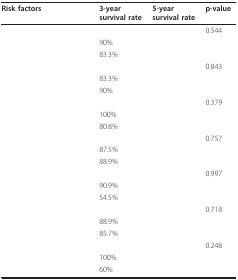
<table><thead><tr><td><b>Risk factors</b></td><td><b>3-year survival rate</b></td><td><b>5-year survival rate</b></td><td><b>p-value</b></td></tr></thead><tbody><tr><td>[EMPTY_CELL]</td><td>[EMPTY_CELL]</td><td>[EMPTY_CELL]</td><td>0.544</td></tr><tr><td>[EMPTY_CELL]</td><td>90%</td><td>[EMPTY_CELL]</td><td>[EMPTY_CELL]</td></tr><tr><td>[EMPTY_CELL]</td><td>83.3%</td><td>[EMPTY_CELL]</td><td>[EMPTY_CELL]</td></tr><tr><td>[EMPTY_CELL]</td><td>[EMPTY_CELL]</td><td>[EMPTY_CELL]</td><td>0.843</td></tr><tr><td>[EMPTY_CELL]</td><td>83.3%</td><td>[EMPTY_CELL]</td><td>[EMPTY_CELL]</td></tr><tr><td>[EMPTY_CELL]</td><td>90%</td><td>[EMPTY_CELL]</td><td>[EMPTY_CELL]</td></tr><tr><td>[EMPTY_CELL]</td><td>[EMPTY_CELL]</td><td>[EMPTY_CELL]</td><td>0.379</td></tr><tr><td>[EMPTY_CELL]</td><td>100%</td><td>[EMPTY_CELL]</td><td>[EMPTY_CELL]</td></tr><tr><td>[EMPTY_CELL]</td><td>80.8%</td><td>[EMPTY_CELL]</td><td>[EMPTY_CELL]</td></tr><tr><td>[EMPTY_CELL]</td><td>[EMPTY_CELL]</td><td>[EMPTY_CELL]</td><td>0.757</td></tr><tr><td>[EMPTY_CELL]</td><td>87.5%</td><td>[EMPTY_CELL]</td><td>[EMPTY_CELL]</td></tr><tr><td>[EMPTY_CELL]</td><td>88.9%</td><td>[EMPTY_CELL]</td><td>[EMPTY_CELL]</td></tr><tr><td>[EMPTY_CELL]</td><td>[EMPTY_CELL]</td><td>[EMPTY_CELL]</td><td>0.997</td></tr><tr><td>[EMPTY_CELL]</td><td>90.9%</td><td>[EMPTY_CELL]</td><td>[EMPTY_CELL]</td></tr><tr><td>[EMPTY_CELL]</td><td>54.5%</td><td>[EMPTY_CELL]</td><td>[EMPTY_CELL]</td></tr><tr><td>[EMPTY_CELL]</td><td>[EMPTY_CELL]</td><td>[EMPTY_CELL]</td><td>0.718</td></tr><tr><td>[EMPTY_CELL]</td><td>88.9%</td><td>[EMPTY_CELL]</td><td>[EMPTY_CELL]</td></tr><tr><td>[EMPTY_CELL]</td><td>85.7%</td><td>[EMPTY_CELL]</td><td>[EMPTY_CELL]</td></tr><tr><td>[EMPTY_CELL]</td><td>[EMPTY_CELL]</td><td>[EMPTY_CELL]</td><td>0.248</td></tr><tr><td>[EMPTY_CELL]</td><td>100%</td><td>[EMPTY_CELL]</td><td>[EMPTY_CELL]</td></tr><tr><td>[EMPTY_CELL]</td><td>60%</td><td>[EMPTY_CELL]</td><td>[EMPTY_CELL]</td></tr></tbody></table>